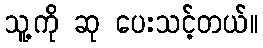
သူ့ကို ဆု ပေးသင့်တယ်။